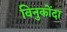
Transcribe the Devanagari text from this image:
विनुकोंदा